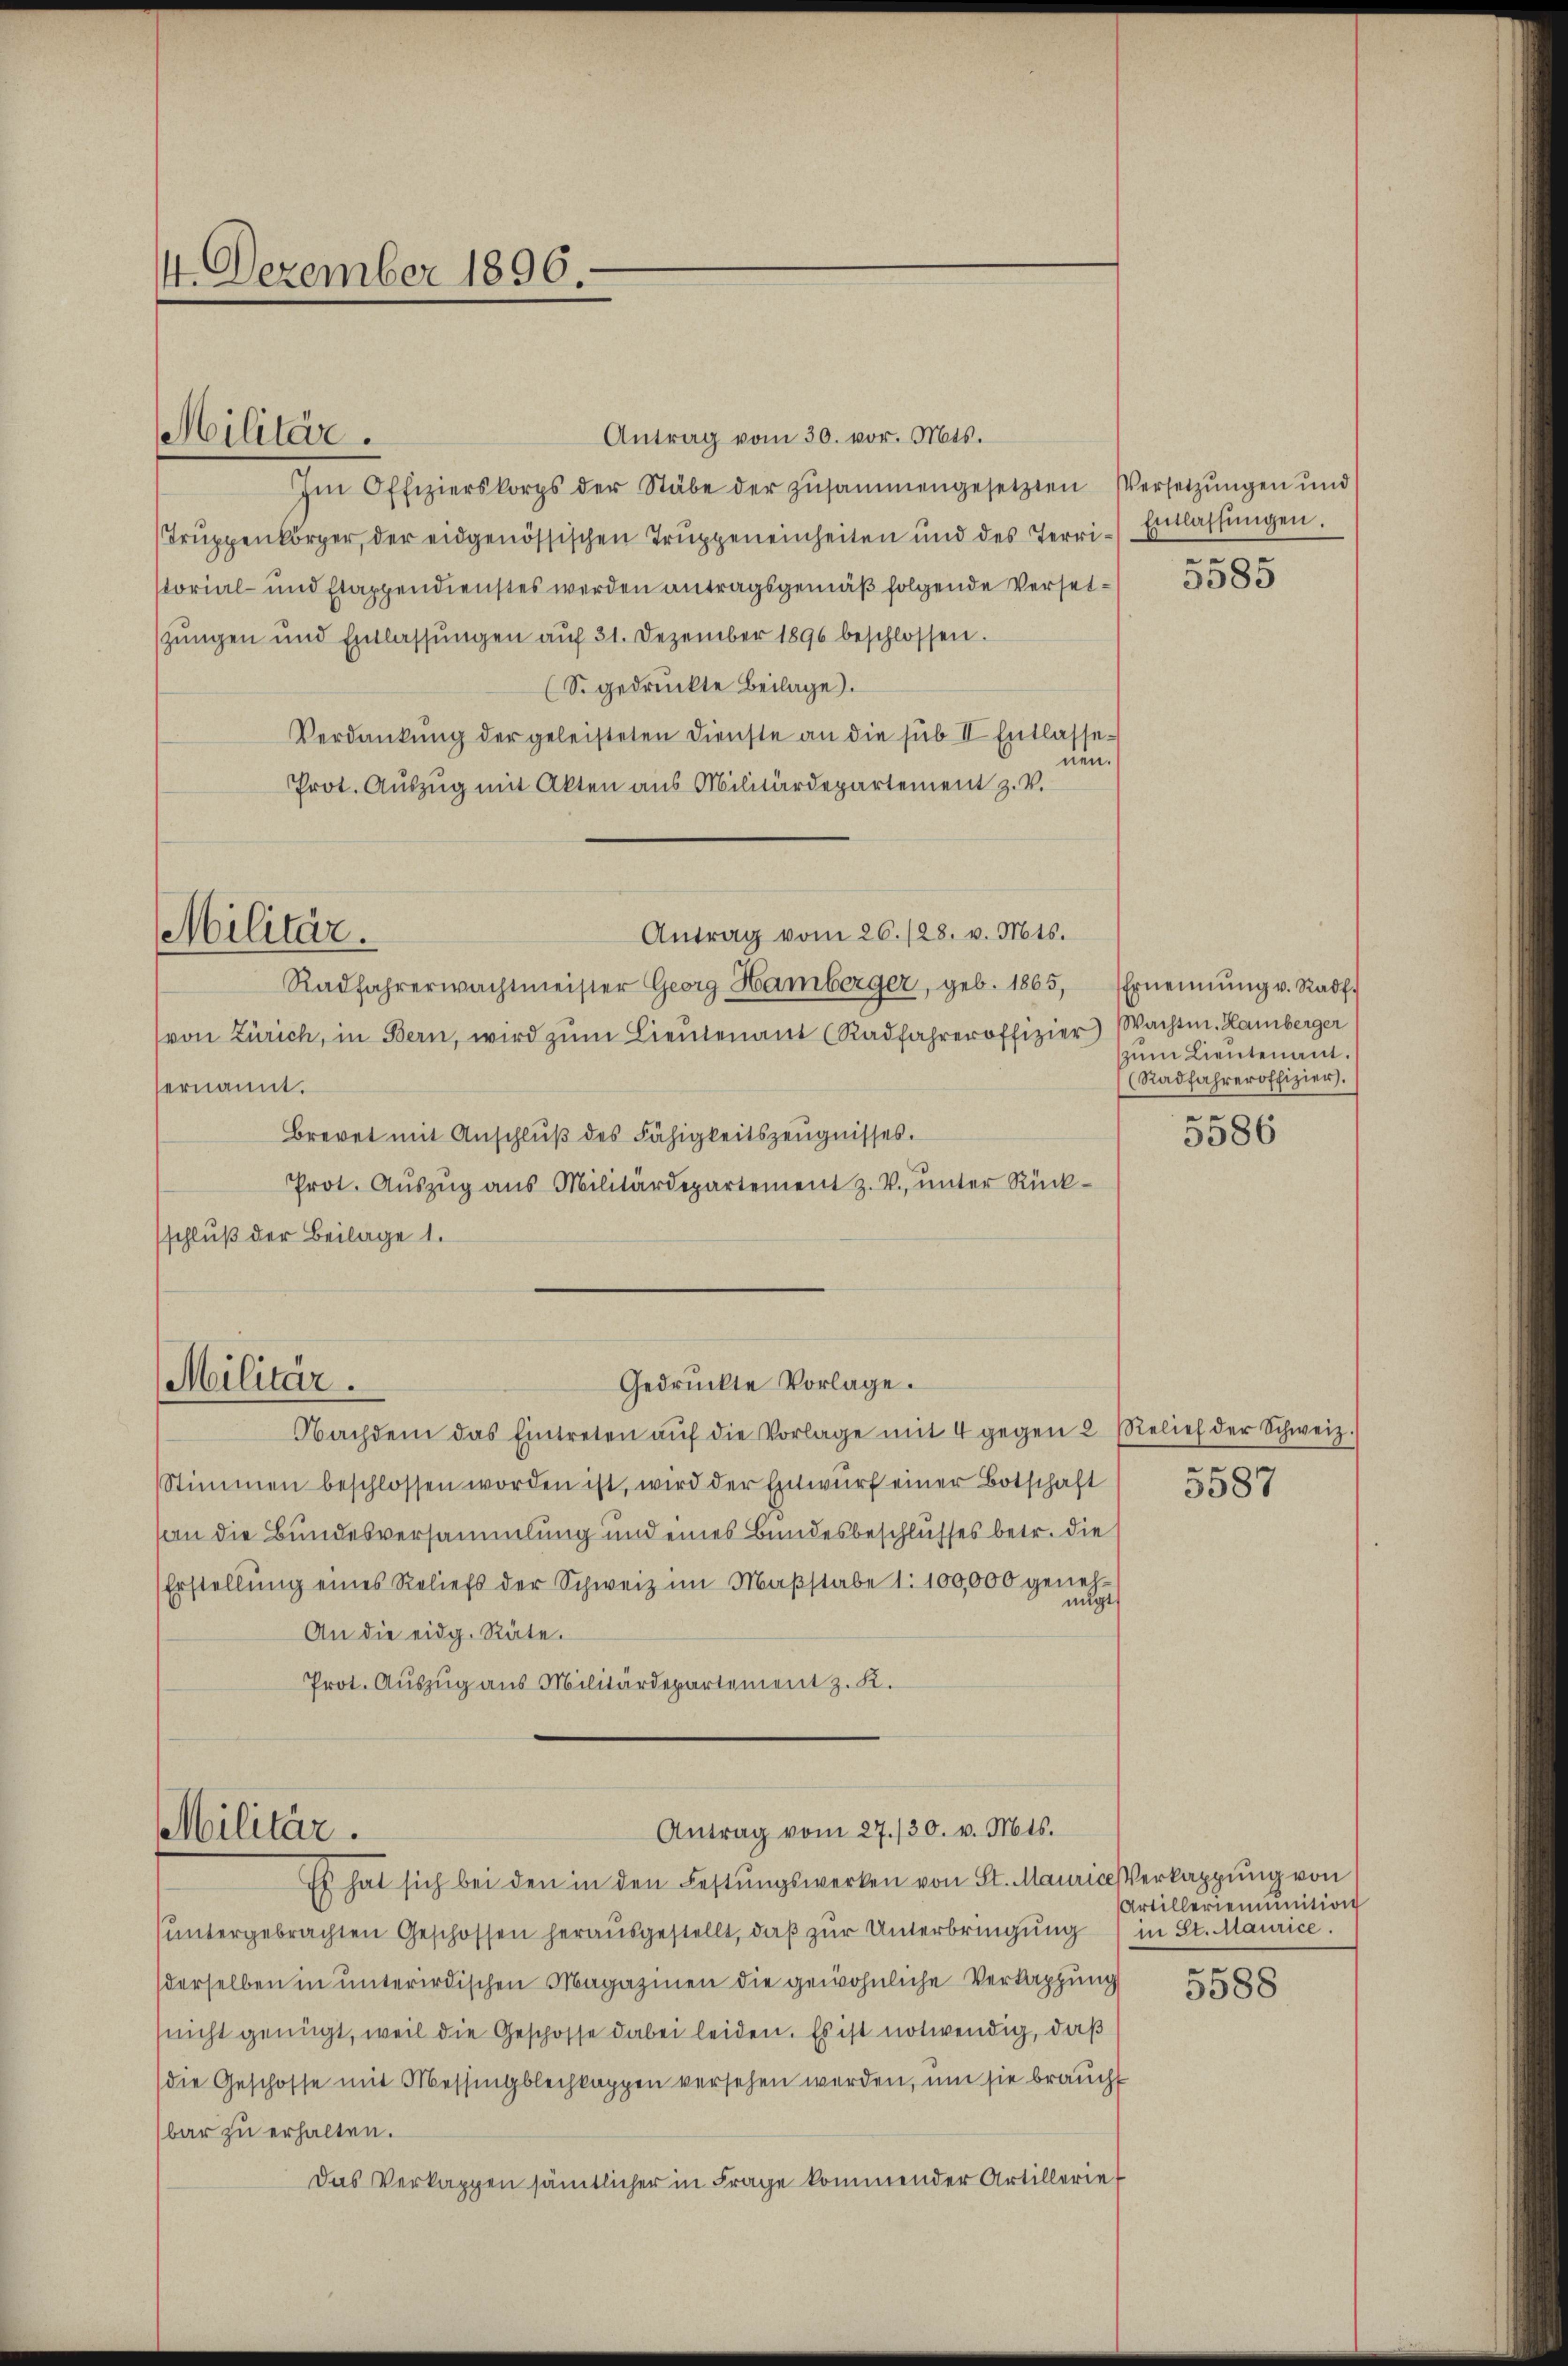
4. Dezember 1896.

Militär.

Antrag vom 30. vor. Mts.
Im Offizierskorps der Stäbe der zŭsammengesetzten Versetzŭngen und
Truppenkörper, der eidgenössischen Truppeneinheiten und des Terristorial- und Etappendienstes werden antragsgemäß folgende Versetzungen und Entlassŭngen aŭf 31. Dezember 1896 beschlossen.
(S. gedruckte Beilage).
Verdankung der geleisteten Dienste an die sub II Entlassenen.
Prot. Auszug mit Akten aus Militärdepartement z. V.
Antrag vom 26. 128. v. Mts.
Militär.
Radfahrerwachtmeister Georg Hamberger, geb. 1865,
von Zürich, in Bern, wird zŭm Lieŭtenant (Radfahreroffizier Wachten. Hamberger
ernannt.
Brevet mit Anschlŭβ des Fähigkeitszeŭgnisses.
Prot. Aŭszŭg ans Militärdepartement z. V. ŭnter Rück-
schluß der Beilage 1.

Militär.

Gedrückte Vorlage.

Antrag vom 27./30. v. Mts.
Militär.

Einlassungen.
e

Nachdem das Eintreten aŭf die Vorlage mit 4 gegen 2 Relief der Schweiz.
Stimmen beschlossen worden ist, wird der Entwŭrf einer Botschaft
son die Bundesversammlung und eines Bundesbeschlusses betr. die
Erstellŭng eines Reliefs der Schweiz im Maβstabe 1: 100,000 genehnugt
An die eidg. Räte.
Prot. Auszug aus Militärdepartement z. K.

Es hat sich bei den in den Festŭngswerken von St. Mauriceverkappung von
suntergebrachten Geschossen herausgestellt, daß zur Unterbringung
derselben in unterirdischen Magazinen die gewöhnliche Verkappung
nicht genügt, weil die Geschosse dabei leiden. Es ist notwendig, daß
(die Geschosse mit Messingblechkappen versehen werden, um sie braucht
bar zu erhalten.
Das Verkappen sämtlicher in Frage kommender Artillerief

3585

Ernennung v. Radf.
zum Lieutenant.
(Radfahreroffizier.
e

3586

5587

5588

Artillerienunition
in St. Maurice.